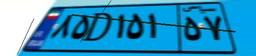
۶۶D۹۲۲۳۴